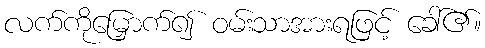
လက်ကိုမြှောက်၍ ဝမ်းသာအားရဖြင့် ခေါ်၏။